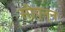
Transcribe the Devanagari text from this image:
सीएन्न